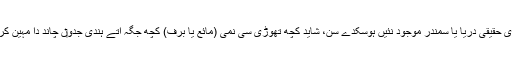
فرض کیجئے کہ دیو ہیکل تصادم دا نظریہ درست اے، تو چاند اُتے کدی وی حقیقی دریا یا سمندر موجود نئيں ہوسکدے سن، شاید کچھ تھوڑی سی نمی (مائع یا برف) کچھ جگہ اُتے ہُندی جدو‏ں چاند دا مہین کرۂ فضائی پھٹتے ہوئے آتش فشاناں یا برفیلے اجسام دے تصادم تو‏ں بنا سی ۔